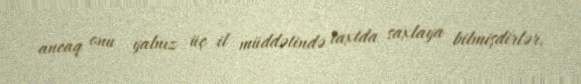
ancaq onu yalnız üç il müddətində taxtda saxlaya bilmişdirlər.